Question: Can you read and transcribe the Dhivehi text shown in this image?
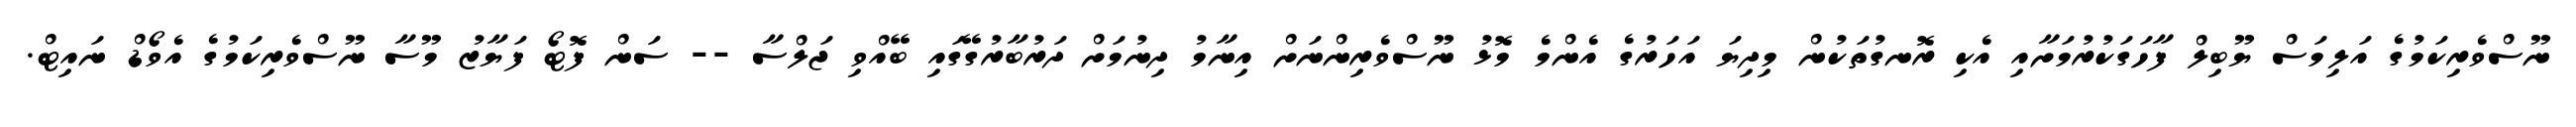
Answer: ނޫސްވެރިކަމުގެ އަލިމަސް ޔޫބިލް ފާހަގަކުރުމަށާއި އެކި ރޮނގުތަކުން މިދިޔަ އަހަރުގެ އެންމެ މޮޅު ނޫސްވެރިންނަށް އިނާމު ދިނުމަށް ދަރުބާރުގޭގައި ބޭއްވި ޖަލްސާ -- ސަން ފޮޓޯ ފަޔާޒު މޫސާ ނޫސްވެރިކަމުގެ އެވޯޑް ނައިޓް.